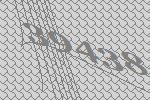
39438